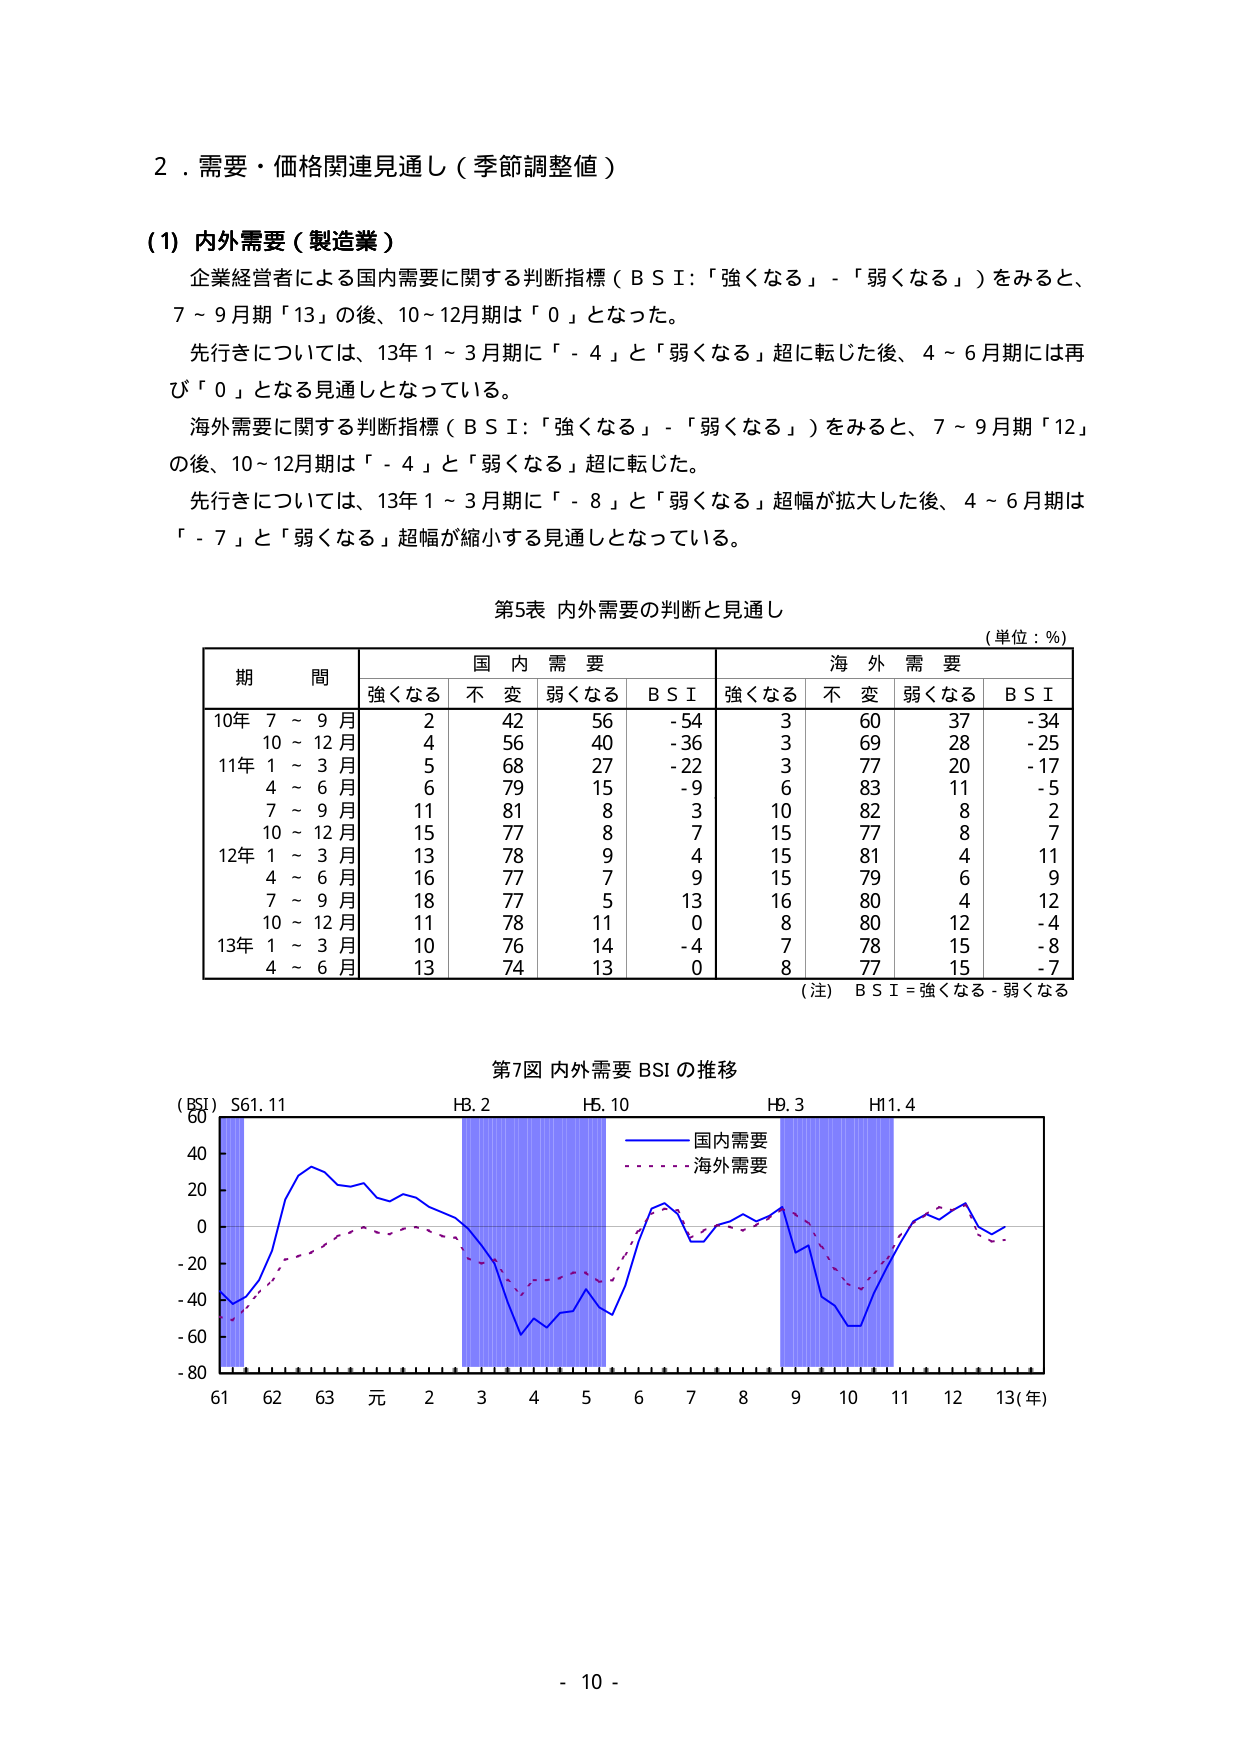
2．需要・価格関連見通し（季節調整値）

(1) 内外需要（製造業）
企業経営者による国内需要に関する判断指標（ＢＳＩ：「強くなる」－「弱くなる」）をみると、
7～9月期「13」の後、10～12月期は「0」となった。
先行きについては、13年1～3月期に「－4」と「弱くなる」超に転じた後、4～6月期には再び「0」となる見通しとなっている。
海外需要に関する判断指標（ＢＳＩ：「強くなる」－「弱くなる」）をみると、7～9月期「12」
の後、10～12月期は「－4」と「弱くなる」超に転じた。
先行きについては、13年1～3月期に「－8」と「弱くなる」超幅が拡大した後、4～6月期は
「－7」と「弱くなる」超幅が縮小する見通しとなっている。

第5表 内外需要の判断と見通し
（単位：％）

期間　　　　　国内需要　　　　　　　　　海外需要
　　　　　　強くなる　不変　弱くなる　ＢＳＩ　強くなる　不変　弱くなる　ＢＳＩ
10年 7～9月　　2　　　42　　　56　　　-54　　　3　　　60　　　37　　　-34
　　　10～12月　4　　　56　　　40　　　-36　　　3　　　69　　　28　　　-25
11年 1～3月　　5　　　68　　　27　　　-22　　　3　　　77　　　20　　　-17
　　　4～6月　　6　　　79　　　15　　　-9　　　6　　　83　　　11　　　-5
　　　7～9月　　11　　　81　　　8　　　　3　　　10　　　82　　　8　　　　2
　　　10～12月　15　　　77　　　8　　　　7　　　15　　　77　　　8　　　　7
12年 1～3月　　13　　　78　　　9　　　　4　　　15　　　81　　　4　　　　11
　　　4～6月　　16　　　77　　　7　　　　9　　　15　　　79　　　6　　　　9
　　　7～9月　　18　　　77　　　5　　　　13　　　16　　　80　　　4　　　　12
　　　10～12月　11　　　78　　　11　　　0　　　8　　　80　　　12　　　-4
13年 1～3月　　10　　　76　　　14　　　-4　　　7　　　78　　　15　　　-8
　　　4～6月　　13　　　74　　　13　　　0　　　8　　　77　　　15　　　-7

（注）ＢＳＩ＝強くなる－弱くなる

第7図 内外需要 BSI の推移

（BSI）S61.11　　　　　　H8.2　　　　　　H5.10　　　　　　H9.3　　　　　　H11.4
　　　60　　　　　　　　　　　　　　　　　　　　　　　　　　　　　　　　　　　　（年）
　　　40　　　　　　　　　　　　　　　　　　　　　　　　　　　　　　　　　　　　（年）
　　　20　　　　　　　　　　　　　　　　　　　　　　　　　　　　　　　　　　　　（年）
　　　0　　　　　　　　　　　　　　　　　　　　　　　　　　　　　　　　　　　　（年）
　　-20　　　　　　　　　　　　　　　　　　　　　　　　　　　　　　　　　　　　（年）
　　-40　　　　　　　　　　　　　　　　　　　　　　　　　　　　　　　　　　　　（年）
　　-60　　　　　　　　　　　　　　　　　　　　　　　　　　　　　　　　　　　　（年）
　　-80　　　　　　　　　　　　　　　　　　　　　　　　　　　　　　　　　　　　（年）
　　　61　62　63　元　2　3　4　5　6　7　8　9　10　11　12　13（年）

　　　　　　　　　　　　　　　　――――国内需要
　　　　　　　　　　　　　　　　・・・・・・海外需要

- 10 -